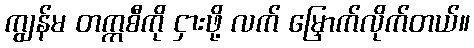
ကျွန်မ တက္ကစီကို ငှားဖို့ လက် မြှောက်လိုက်တယ်။